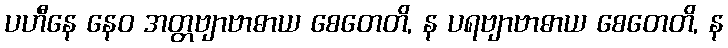
ပဟီနေ နေဝ အတ္တဗျာဗာဓာယ စေတေတိ, န ပရဗျာဗာဓာယ စေတေတိ, န